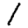
Digit: 1